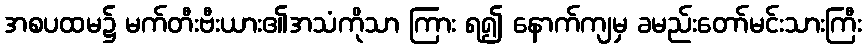
အစပထမ၌ မက်တီးဗီးယား၏အသံကိုသာ ကြား ရ၍ နောက်ကျမှ ခမည်းတော်မင်းသားကြီး